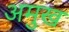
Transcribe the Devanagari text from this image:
अमुख